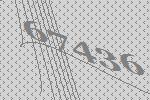
67436